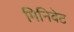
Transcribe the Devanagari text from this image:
मिनिवेट